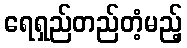
ရေရှည်တည်တံ့မည့်